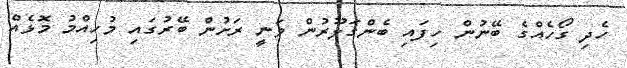
ހެދި ގޯހެއްގެ ބޭނުން ހިފައި ބެންގަލޫރުން ވަނީ ރަށުން ބޭރުގައި މުހިއްމު މޮޅެއް